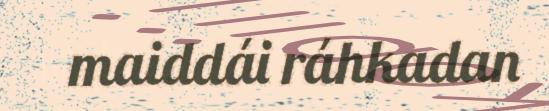
maiddái ráhkadan